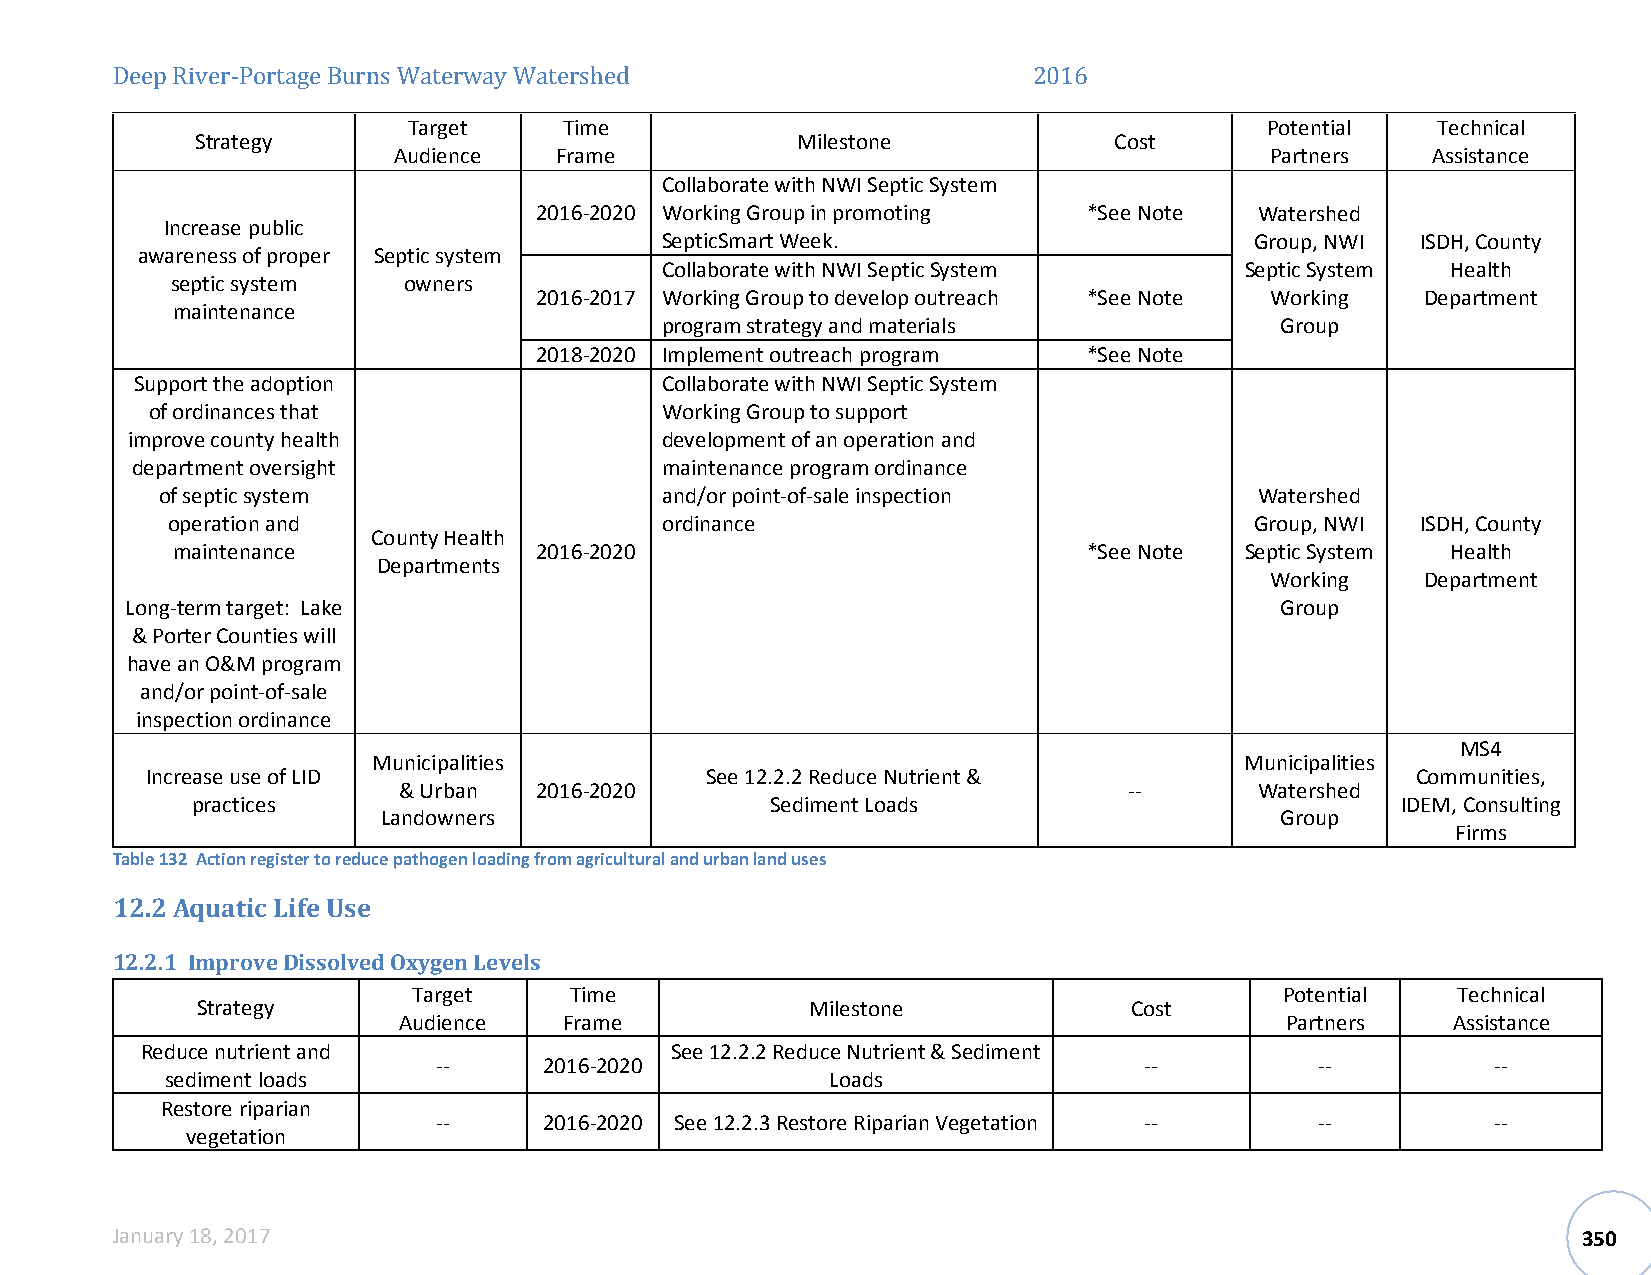
Deep River-Portage Burns WTaartgeertw ay WateTrismhee d      2016            Potential  Technical
 Strategy                                Milestone            Cost
 Audience   Frame                                          Partners   Assistance
 Collaborate with NWI Septic System
 2016-2020 Working Group in promoting *See Note  Watershed
 Increase public
 SepticSmart Week.                      Group, NWI ISDH, County
 awareness of proper Septic system
 Collaborate with NWI Septic System    Septic System Health
 septic system   owners
 2016-2017 Working Group to develop outreach *See Note Working Department
 maintenance
 program strategy and materials           Group
 2018-2020 Implement outreach program *See Note
 Support the adoption               Collaborate with NWI Septic System
 of ordinances that                Working Group to support
 improve county health               development of an operation and
 department oversight               maintenance program ordinance
 of septic system                 and/or point-of-sale inspection        Watershed
 operation and                    ordinance                              Group, NWI ISDH, County
 County Health
 maintenance             2016-2020                            *See Note Septic System Health
 Departments
 Working   Department
 Long-term target: Lake                                                       Group
 & Porter Counties will
 have an O&M program
 and/or point-of-sale
 inspection ordinance
 MS4
 Municipalities                                           Municipalities
 Increase use of LID                  See 12.2.2 Reduce Nutrient &                   Communities,
 & Urban  2016-2020                               --      Watershed
 practices                             Sediment Loads                            IDEM, Consulting
 Landowners                                                  Group
 Firms
 Table 132 Action register to reduce pathogen loading from agricultural and urban land uses
 12.2 Aquatic Life Use
 12.2.1 Improve Dissolved Oxygen Levels
 Target     Time                                           Potential  Technical
 Strategy                                 Milestone            Cost
 Audience   Frame                                           Partners   Assistance
 Reduce nutrient and                See 12.2.2 Reduce Nutrient & Sediment
 --     2016-2020                               --         --          --
 sediment loads                              Loads
 Restore riparian
 --     2016-2020 See 12.2.3 Restore Riparian Vegetation -- --         --
 vegetation
 January 18, 2017                                                                                  350